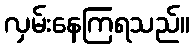
လှမ်းနေကြရသည်။